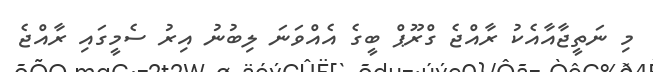
މި ނަތީޖާއާއެކު ރާއްޖެ ގްރޫޕް ބީގެ އެއްވަނަ ލިބުނު އިރު ސެމީގައި ރާއްޖެ